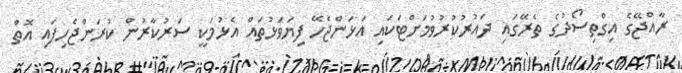
ރާއްޖޭގެ އިގްތިސޯދުގެ ތެރޭގައި ދައުރުކުރުވުމަށްޓަކައި އަޅަންޖެހޭ ފިޔަވަޅުތައް އެޅުމަކީ ސަރުކާރުން ކުރަންޖެހިފައި އޮތް